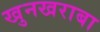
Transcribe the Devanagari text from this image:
खुनखराबा